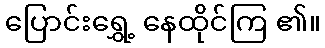
ပြောင်းရွှေ့ နေထိုင်ကြ ၏။